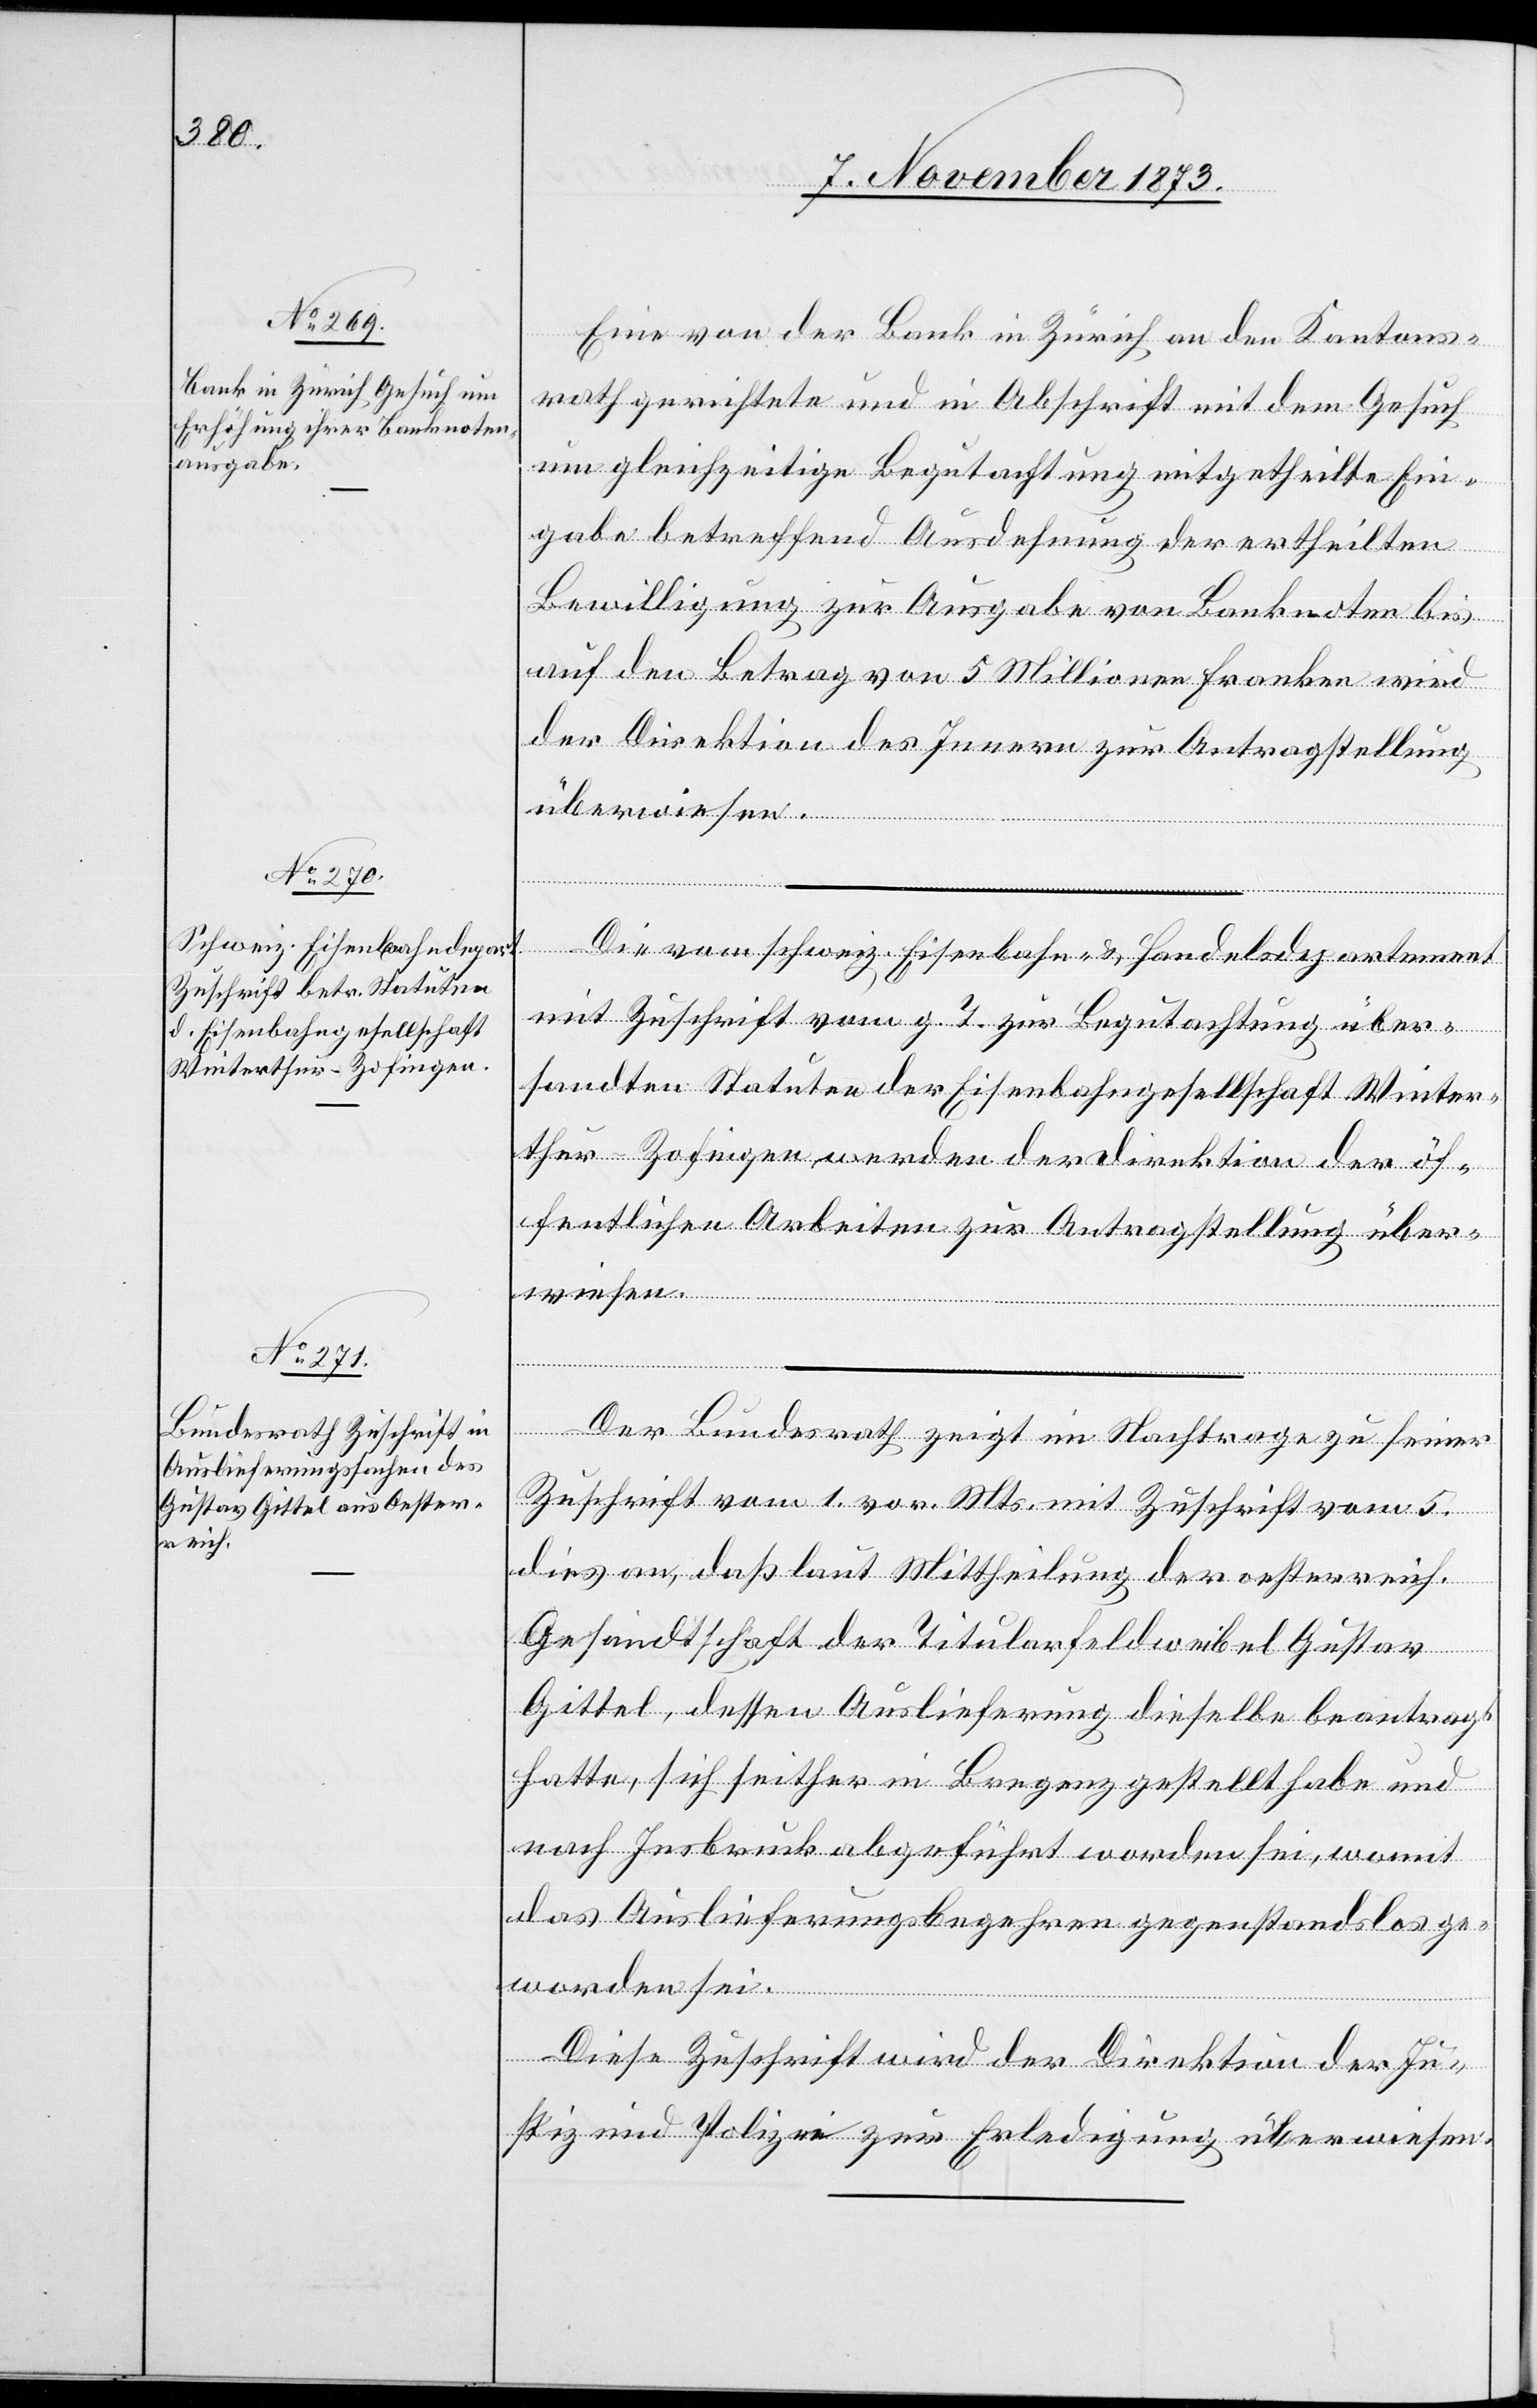
7. November 1873.]
Eine von der Bank in Zürich an den Kantons¬
rath gerichtete und in Abschrift mit dem Gesuch
um gleichzeitige Begutachtung mitgetheilte mit¬
gabe betreffend Ausdehnung der ertheilten
Bewilligung zur Ausgabe von Banknoten bis
auf den Betrag von 5 Millionen Franken wird
der Direktion des Innern zur Antragstellung
überwiesen.
Die vom schweiz. Eisenbahn- & Handelsdepartement
mit Zuschrift vom g. T. zur Begutachtung über¬
sandten Statuten der Eisenbahngesellschaft Winter¬
thur-Zofingen werden der Direktion der öf¬
fentlichen Arbeiten zur Antragstellung über¬
wiesen.
Der Bundesrath zeigt im Nachtrage zu seiner
Zuschrift vom 1. vor. Mts. mit Zuschrift vom 5.
dies an, daß laut Mittheilung der oesterreich.
Gesandtschaft der Titularfeldweibel Gustav
Gittel, dessen Auslieferung dieselbe beantragt
hatte, sich seither in Bregenz gestellt habe und
nach Insbruck abgeführt worden sei, womit
das Auslieferungsbegehren gegenstandslos ge¬
worden sei.
Diese Zuschrift wird der Direktion der Ju¬
stiz und Polizei zur Erledigung überwiesen.